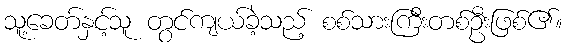
သူ့ခေတ်နှင့်သူ တွင်ကျယ်ခဲ့သည့် စစ်သားကြီးတစ်ဦးဖြစ်၏။